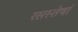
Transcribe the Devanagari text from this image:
रसस्तेषां